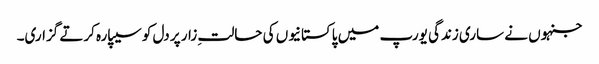
جنہوں نے ساری زندگی یورپ میں پاکستانیوں کی حالتِ زار پر دل کو سیپارہ کرتے گزاری۔